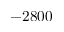
- 2 8 0 0